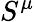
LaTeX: S^{\mu}